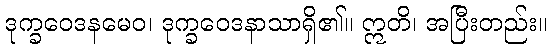
ဒုက္ခဝေဒနမေဝ၊ ဒုက္ခဝေဒနာသာရှိ၏။ ဣတိ၊ အပြီးတည်း။